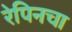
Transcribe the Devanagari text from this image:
रेपिनचा